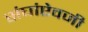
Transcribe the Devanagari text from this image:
संघांऐवजी